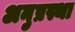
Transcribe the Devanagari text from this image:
अनुप्रस्था